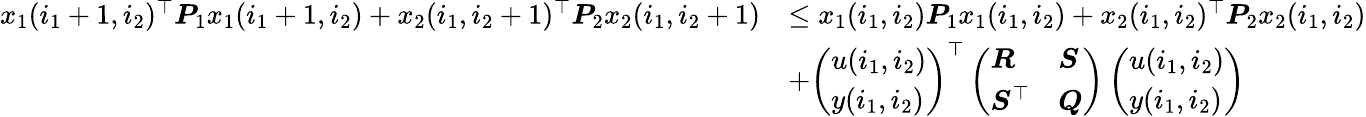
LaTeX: \begin{array}{rl}{x_{1}(i_{1}+1,i_{2})^{\top}\boldsymbol{P}_{1}x_{1}(i_{1}+1,i_{2})+x_{2}(i_{1},i_{2}+1)^{\top}\boldsymbol{P}_{2}x_{2}(i_{1},i_{2}+1)}&{\leq x_{1}(i_{1},i_{2})\boldsymbol{P}_{1}x_{1}(i_{1},i_{2})+x_{2}(i_{1},i_{2})^{\top}\boldsymbol{P}_{2}x_{2}(i_{1},i_{2})}\\ &{+\left(\begin{array}{l}{u(i_{1},i_{2})}\\ {y(i_{1},i_{2})}\end{array}\right)^{\top}\left(\begin{array}{ll}{\boldsymbol{R}}&{\boldsymbol{S}}\\ {\boldsymbol{S}^{\top}}&{\boldsymbol{Q}}\end{array}\right)\left(\begin{array}{l}{u(i_{1},i_{2})}\\ {y(i_{1},i_{2})}\end{array}\right)}\end{array}